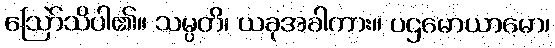
ဩော်သိပါ၏။ သမ္ပတိ၊ ယခုအခါကား။ ပဌမောယာမော၊